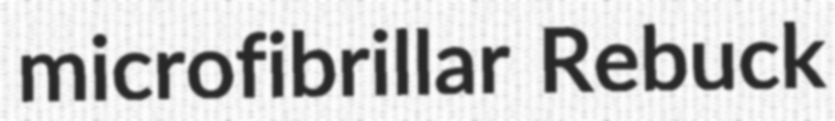
microfibrillar Rebuck